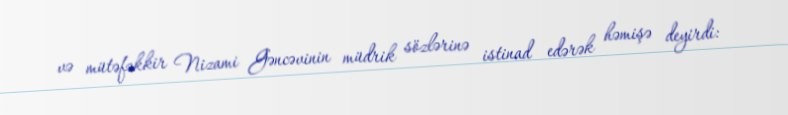
və mütəfəkkir Nizami Gəncəvinin müdrik sözlərinə istinad edərək həmişə deyirdi: